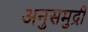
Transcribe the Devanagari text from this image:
अनुसमुद्री